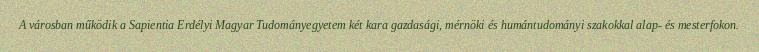
A városban működik a Sapientia Erdélyi Magyar Tudományegyetem két kara gazdasági, mérnöki és humántudományi szakokkal alap- és mesterfokon.